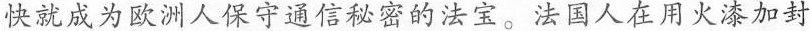
快就成为欧洲人保守通信秘密的法宝。法国人在用火漆加封